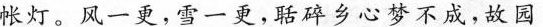
帐灯。风一更，雪一更，聒碎乡心梦不成，故园